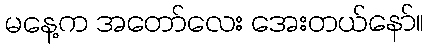
မနေ့က အတော်လေး အေးတယ်နော်။